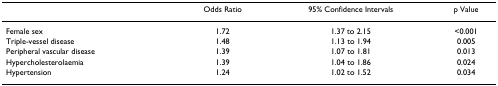
<table><thead><tr><td></td><td><b>Odds Ratio</b></td><td><b>95% Confidence Intervals</b></td><td><b>p Value</b></td></tr></thead><tbody><tr><td>Female sex</td><td>1.72</td><td>1.37 to 2.15</td><td>&lt;0.001</td></tr><tr><td>Triple-vessel disease</td><td>1.48</td><td>1.13 to 1.94</td><td>0.005</td></tr><tr><td>Peripheral vascular disease</td><td>1.39</td><td>1.07 to 1.81</td><td>0.013</td></tr><tr><td>Hypercholesterolaemia</td><td>1.39</td><td>1.04 to 1.86</td><td>0.024</td></tr><tr><td>Hypertension</td><td>1.24</td><td>1.02 to 1.52</td><td>0.034</td></tr></tbody></table>